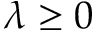
\lambda \geq 0